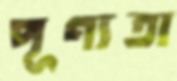
পূণ্যতা